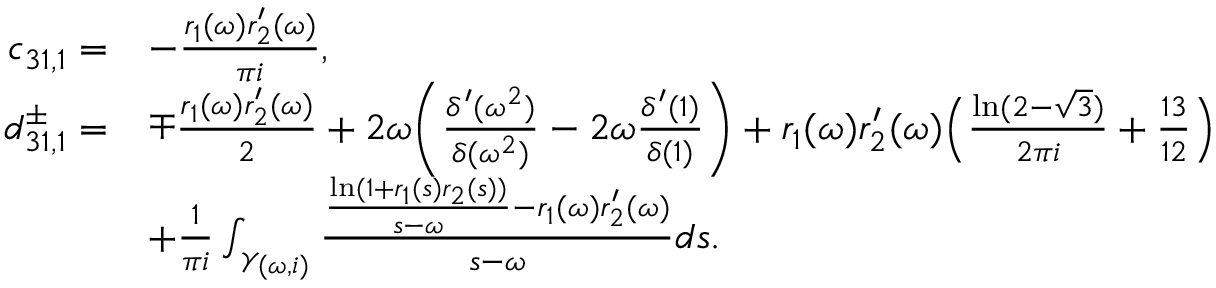
\begin{array} { r l } { c _ { 3 1 , 1 } = } & { - \frac { r _ { 1 } ( \omega ) r _ { 2 } ^ { \prime } ( \omega ) } { \pi i } , } \\ { d _ { 3 1 , 1 } ^ { \pm } = } & { \mp \frac { r _ { 1 } ( \omega ) r _ { 2 } ^ { \prime } ( \omega ) } { 2 } + 2 \omega \bigg ( \frac { \delta ^ { \prime } ( \omega ^ { 2 } ) } { \delta ( \omega ^ { 2 } ) } - 2 \omega \frac { \delta ^ { \prime } ( 1 ) } { \delta ( 1 ) } \bigg ) + r _ { 1 } ( \omega ) r _ { 2 } ^ { \prime } ( \omega ) \Big ( \frac { \ln ( 2 - \sqrt { 3 } ) } { 2 \pi i } + \frac { 1 3 } { 1 2 } \Big ) } \\ & { + \frac { 1 } { \pi i } \int _ { \gamma _ { ( \omega , i ) } } \frac { \frac { \ln ( 1 + r _ { 1 } ( s ) r _ { 2 } ( s ) ) } { s - \omega } - r _ { 1 } ( \omega ) r _ { 2 } ^ { \prime } ( \omega ) } { s - \omega } d s . } \end{array}